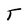
Character: T